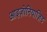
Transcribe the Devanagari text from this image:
आइज़ोनियाज़िड